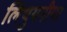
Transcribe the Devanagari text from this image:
लिथुयनीया